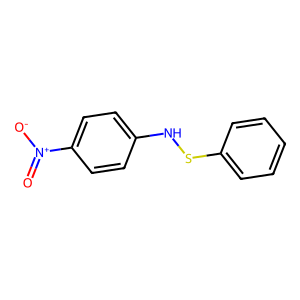
SMILES: O=[N+]([O-])c1ccc(NSc2ccccc2)cc1
Inhibits HIV replication: No